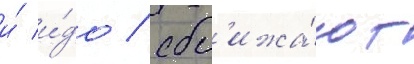
и́ и́до / сбл'ижа́ют